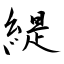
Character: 緹